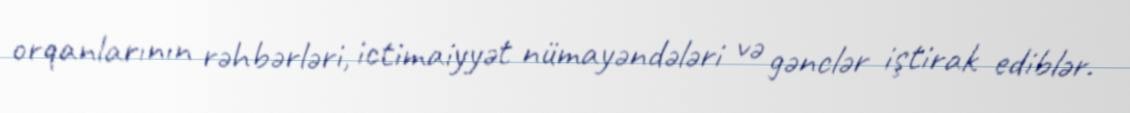
orqanlarının rəhbərləri, ictimaiyyət nümayəndələri və gənclər iştirak ediblər.